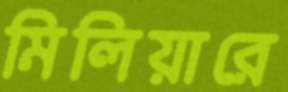
মিলিয়ারে